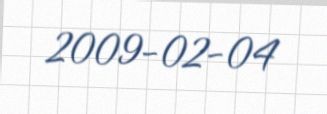
2009-02-04